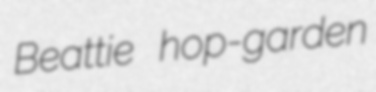
Beattie hop-garden